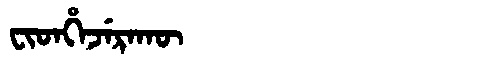
Manchu: ᠸᡳᡨᡥᡝᠵᡝᡵᠠᡴᡡ
Romanization: FITHEJERAKŪ